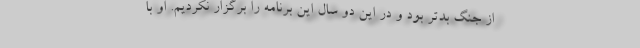
از جنگ بدتر بود و در این دو سال این برنامه را برگزار نکردیم. او با